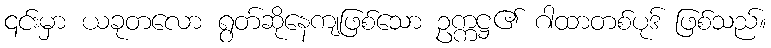
၎င်းမှာ ယခုတလော ရွတ်ဆိုနေကျဖြစ်သော ဥက္ကဋ္ဌ၏ ဂါထာတစ်ပုဒ် ဖြစ်သည်။